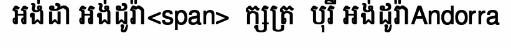
អង់ដា អង់ដូរ៉ា<span>  ក្សត្រ  បុរី អង់ដូរ៉ាAndorra